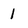
Character: 1